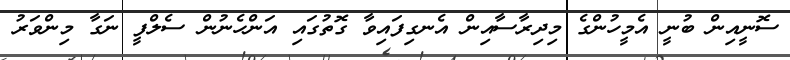
ސޮނީއިން ބުނީ އެމީހުންގެ މިދިރާސާއިން އެނގިފައިވާ ގޮތުގައި އަންހެނުން ސެލްފީ ނަގާ މިންވަރު